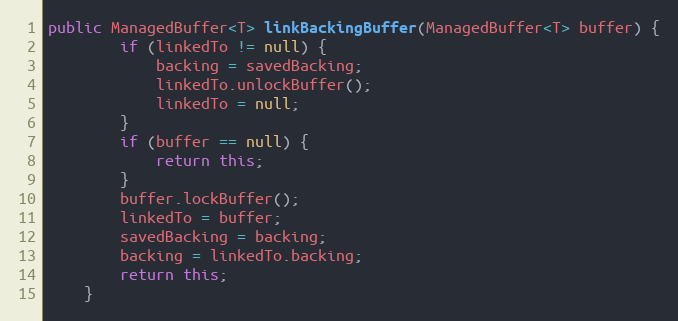
Language: Java
public ManagedBuffer<T> linkBackingBuffer(ManagedBuffer<T> buffer) {
        if (linkedTo != null) {
            backing = savedBacking;
            linkedTo.unlockBuffer();
            linkedTo = null;
        }
        if (buffer == null) {
            return this;
        }
        buffer.lockBuffer();
        linkedTo = buffer;
        savedBacking = backing;
        backing = linkedTo.backing;
        return this;
    }